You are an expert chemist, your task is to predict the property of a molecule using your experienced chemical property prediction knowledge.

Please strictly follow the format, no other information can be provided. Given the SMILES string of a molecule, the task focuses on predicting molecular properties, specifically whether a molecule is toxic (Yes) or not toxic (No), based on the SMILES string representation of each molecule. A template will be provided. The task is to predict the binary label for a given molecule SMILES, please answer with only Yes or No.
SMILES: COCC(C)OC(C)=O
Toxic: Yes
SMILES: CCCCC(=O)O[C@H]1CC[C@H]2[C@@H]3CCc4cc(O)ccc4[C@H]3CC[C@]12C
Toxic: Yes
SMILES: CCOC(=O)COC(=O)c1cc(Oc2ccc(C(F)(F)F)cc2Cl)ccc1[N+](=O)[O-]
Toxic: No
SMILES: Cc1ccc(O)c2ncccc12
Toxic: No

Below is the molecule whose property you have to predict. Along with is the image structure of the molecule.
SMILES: CC(C)(c1cc(Cl)c(O)c(Cl)c1)c1cc(Cl)c(O)c(Cl)c1
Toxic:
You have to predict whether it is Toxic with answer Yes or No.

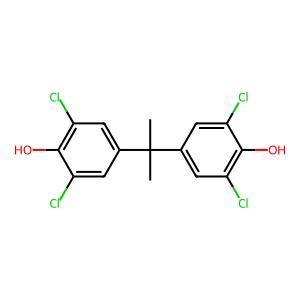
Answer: No